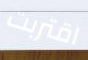
اقتربت